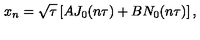
x _ { n } = \sqrt { \tau } \left[ A J _ { 0 } ( n \tau ) + B N _ { 0 } ( n \tau ) \right] ,